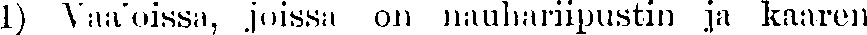
1) Vaa'oissa, joissa on nauhariipustin ja kaaren